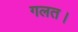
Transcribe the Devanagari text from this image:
गलत।